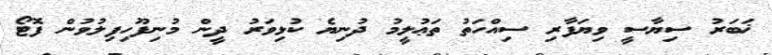
ޚަބަރު ސިޔާސީ ވިޔަފާރި ސިއްހަތު ތަޢުލީމު ދުނިޔެ ކުޅިވަރު ދީން މުނިފޫހިފިލުވުން ފޮޓޯ